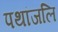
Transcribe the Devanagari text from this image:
पथांजलि